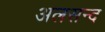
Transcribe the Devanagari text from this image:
अलसन्द